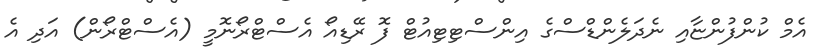
އެމް ކުންފުންޏާއި ނެދަލެންޑްސްގެ އިންސްޓިޓިއުޓް ފޮ ރޭޑިއޯ އެސްޓްރޯނޮމީ (އެސްޓްރޯން) އަދި އެ